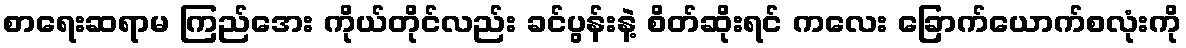
စာရေးဆရာမ ကြည်အေး ကိုယ်တိုင်လည်း ခင်ပွန်းနဲ့ စိတ်ဆိုးရင် ကလေး ခြောက်ယောက်စလုံးကို